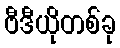
ဗီဒီယိုတစ်ခု